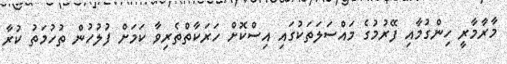
މާރާމާރީ ހިންގުމާއި ފޭރުމުގެ މައްސަލަތަކުގައި އިސްކޮށް ހަރަކާތްތެރިވާ ކަމަށް ފުލުހުން ތުހުމަތު ކުރާ